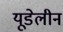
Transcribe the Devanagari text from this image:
यूडेलीन